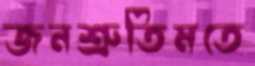
জনশ্রুতিমতে